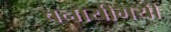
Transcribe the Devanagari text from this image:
बनायीगयी